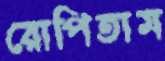
রোপিতাম